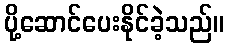
ပို့ဆောင်ပေးနိုင်ခဲ့သည်။